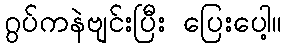
ဂွပ်ကနဲဗျင်းပြီး ပြေးပေါ့။